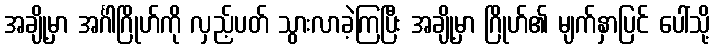
အချို့မှာ အင်္ဂါဂြိုဟ်ကို လှည့်ပတ် သွားလာခဲ့ကြပြီး အချို့မှာ ဂြိုဟ်၏ မျက်နှာပြင် ပေါ်သို့